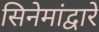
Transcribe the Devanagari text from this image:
सिनेमांद्वारे